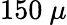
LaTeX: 150~\mu